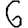
Digit: 6